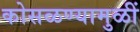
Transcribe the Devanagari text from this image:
कोसळण्यामुळीं